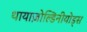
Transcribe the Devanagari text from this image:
थायाज़ोल्डिनीयोड्स